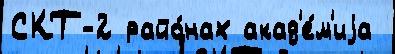
СКТ-2 райо́нах акад'е́м'иjа